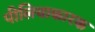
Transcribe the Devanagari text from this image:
पीलियाकारक